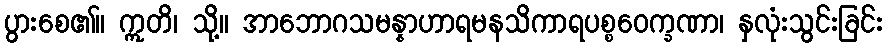
ပွားစေ၏။ ဣတိ၊ သို့။ အာဘောဂသမန္နာဟာရမနသိကာရပစ္စဝေက္ခဏာ၊ နှလုံးသွင်းခြင်း